Plague in India, 1896, 1897 - Volume 3
Year: 1896
Disease focus: Plague
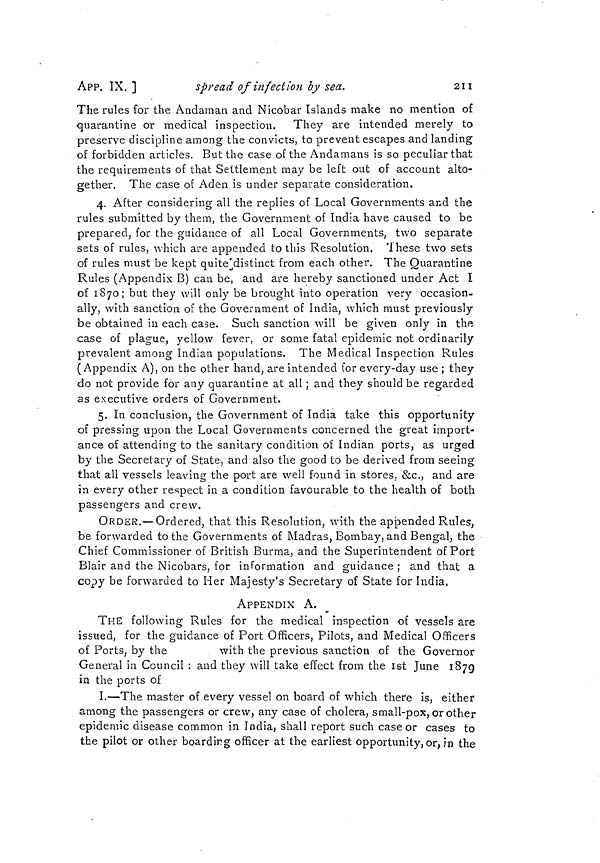
211
APP. IX. ]
spread of infection by sea.
The rules for the Andaman and Nicobar Islands make no mention of
quarantine or medical inspection. They are intended merely to
preserve discipline among the convicts, to prevent escapes and landing
of forbidden articles. But the case of the Andamans is so peculiar that
the requirements of that Settlement may be left out of account alto-
gether. The case of Aden is under separate consideration.
4. After considering all the replies of Local Governments and the
rules submitted by them, the Government of tndia have caused to be
prepared, for the guidance of all Local Governments, two separate
sets of rules, which are appended to this Resolution. These two sets
of rules must be kept quite distinct from each other. The Quarantine
Rules (Appendix B) can be, and are hereby sanctioned under Act I
of 1870; but they will only be brought into operation very occasion-
ally, with sanction of the Government of India, which must previously
be obtained in each case. Such sanction will be given only in the
case of plague, yellow fever, or some fatal epidemic not ordinarily
prevalent among Indian populations. The Medical Inspection Rules
(Appendix A), on the other hand, are intended for every-day use ; they
do not provide for any quarantine at all ; and they should be regarded
as executive orders of Government.
5. In conclusion, the Government of India take this opportunity
of pressing upon the Local Governments concerned the great import-
ance of attending to the sanitary condition of Indian ports, as urged
by the Secretary of State, and also the good to be derived from seeing
that all vessels leaving the port are well found in stores, &c., and are
in every other respect in a condition favourable to the health of both
passengers and crew.
ORDER.—Ordered, that this Resolution, with the appended Rules,
be forwarded to the Governments of Madras, Bombay, and Bengal, the
Chief Commissioner of British Burma, and the Superintendent of Port
Blair and the Nicobars, for information and guidance ; and that a
copy be forwarded to Her Majesty's Secretary of State for India.
APPENDIX A.
THE following Rules for the medical inspection of vessels are
issued, for the guidance of Port Officers, Pilots, and Medical Officers
of Ports, by the
with the previous sanction of the Governor
General in Council : and they will take effect from the 1st June 1879
in the ports of
I.—The master of every vessel on board of which there is, either
among the passengers or crew, any case of cholera, small-pox, or other
epidemic disease common in India, shall report such case or cases to
the pilot or other boarding officer at the earliest opportunity, or, in the